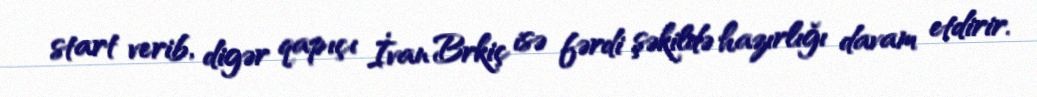
start verib, digər qapıçı İvan Brkiç isə fərdi şəkildə hazırlığı davam etdirir.